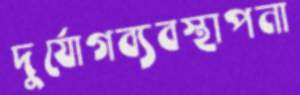
দুর্যোগব্যবস্থাপনা